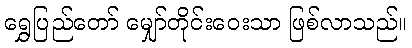
ရွှေပြည်တော် မျှော်တိုင်းဝေးသာ ဖြစ်လာသည်။